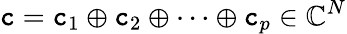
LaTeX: \boldsymbol{\mathtt{c}}=\boldsymbol{\mathtt{c}}_{1}\oplus\boldsymbol{\mathtt{c}}_{2}\oplus\cdots\oplus\boldsymbol{\mathtt{c}}_{p}\in\mathbb{{C}}^{N}